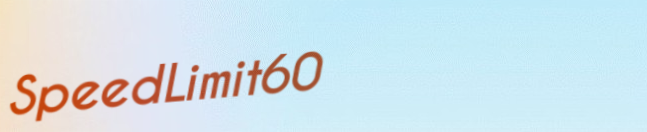
SpeedLimit60